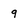
Character: g